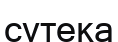
сутека